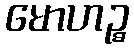
မောဟဉ္စ